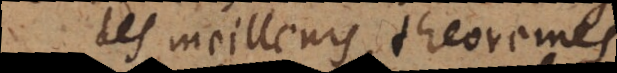
des meilleurs theoremes